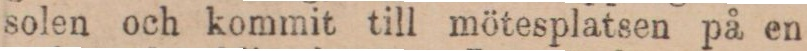
solen och kommit till mötesplatsen på en